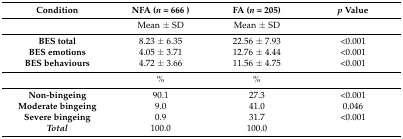
<table><thead><tr><td><b>Condition</b></td><td><b>NFA (<i>n</i> = 666 )</b></td><td><b>FA (<i>n</i> = 205)</b></td><td><b><i>p</i> Value</b></td></tr></thead><tbody><tr><td>[EMPTY_CELL]</td><td>Mean ± SD</td><td>Mean ± SD</td><td>[EMPTY_CELL]</td></tr><tr><td><b>BES total</b></td><td>8.23 ± 6.35</td><td>22.56 ± 7.93</td><td>&lt;0.001</td></tr><tr><td><b>BES emotions</b></td><td>4.05 ± 3.71</td><td>12.76 ± 4.44</td><td>&lt;0.001</td></tr><tr><td><b>BES behaviours</b></td><td>4.72 ± 3.66</td><td>11.56 ± 4.75</td><td>&lt;0.001</td></tr><tr><td>[EMPTY_CELL]</td><td>%</td><td>%</td><td>[EMPTY_CELL]</td></tr><tr><td><b>Non-bingeing</b></td><td>90.1</td><td>27.3</td><td>&lt;0.001</td></tr><tr><td><b>Moderate bingeing</b></td><td>9.0</td><td>41.0</td><td>0.046</td></tr><tr><td><b>Severe bingeing</b></td><td>0.9</td><td>31.7</td><td>&lt;0.001</td></tr><tr><td><b><i>Total</i></b></td><td>100.0</td><td>100.0</td><td>[EMPTY_CELL]</td></tr></tbody></table>